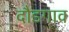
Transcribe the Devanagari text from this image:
दौडगाव